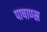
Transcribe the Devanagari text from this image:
पाषाण्स्र